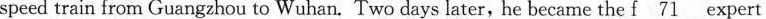
speed train from Guangzhou to Wuhan. Two days later, he became the \underline{f 71} expert